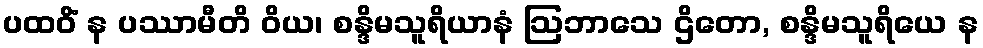
ပထဝိံ န ပဿာမီတိ ဝိယ၊ စန္ဒိမသူရိယာနံ ဩဘာသေ ဌိတော, စန္ဒိမသူရိယေ န